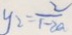
y _ { 2 } = \frac { 2 } { 1 - 2 a }